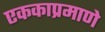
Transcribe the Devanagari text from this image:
एककाप्रमाणे